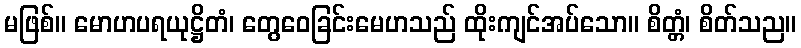
မဖြစ်။ မောဟပရယုဋ္ဌိတံ၊ တွေဝေခြင်းမေဟသည် ထိုးကျင်အပ်သော။ စိတ္တံ၊ စိတ်သည။